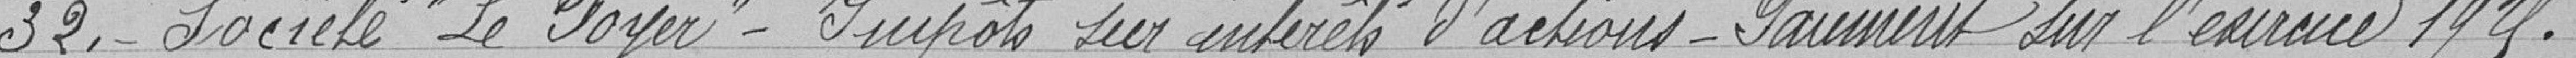
32. - Société "Le Foyer" - Impôts sur intérêts d'actions - Paiement sur l'exercice 1925.